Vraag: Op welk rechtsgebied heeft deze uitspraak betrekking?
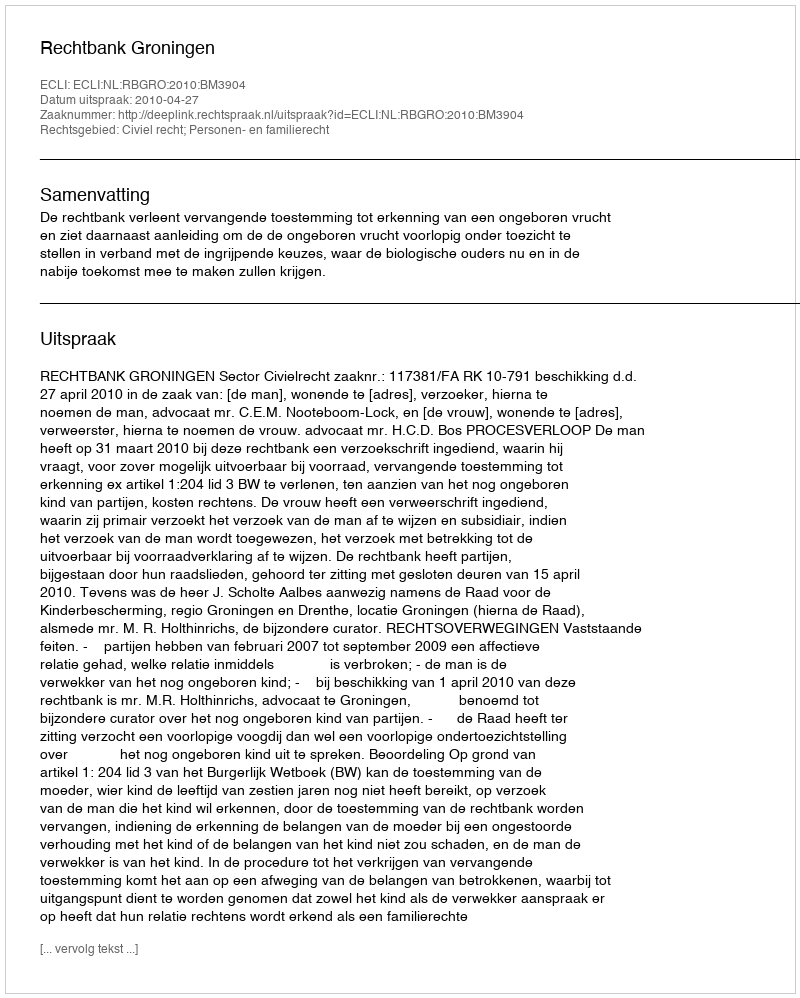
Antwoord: Civiel recht; Personen- en familierecht